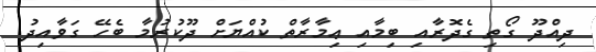
ދިއްދޫ ގޯތި ގެދޮރާއި ބިމާއި ޢިމާރާތް ކުއްޔަށް ދޫކުރުމާ ބެހޭ ގަވާއިދު